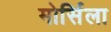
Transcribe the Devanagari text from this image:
मोर्सिला